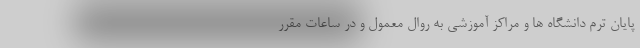
پایان ترم دانشگاه ها و مراکز آموزشی به روال معمول و در ساعات مقرر